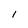
Character: 1